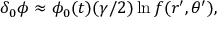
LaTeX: \delta _ { 0 } \phi \approx \phi _ { 0 } ( t ) ( \gamma / 2 ) \ln f ( r ^ { \prime } , \theta ^ { \prime } ) ,